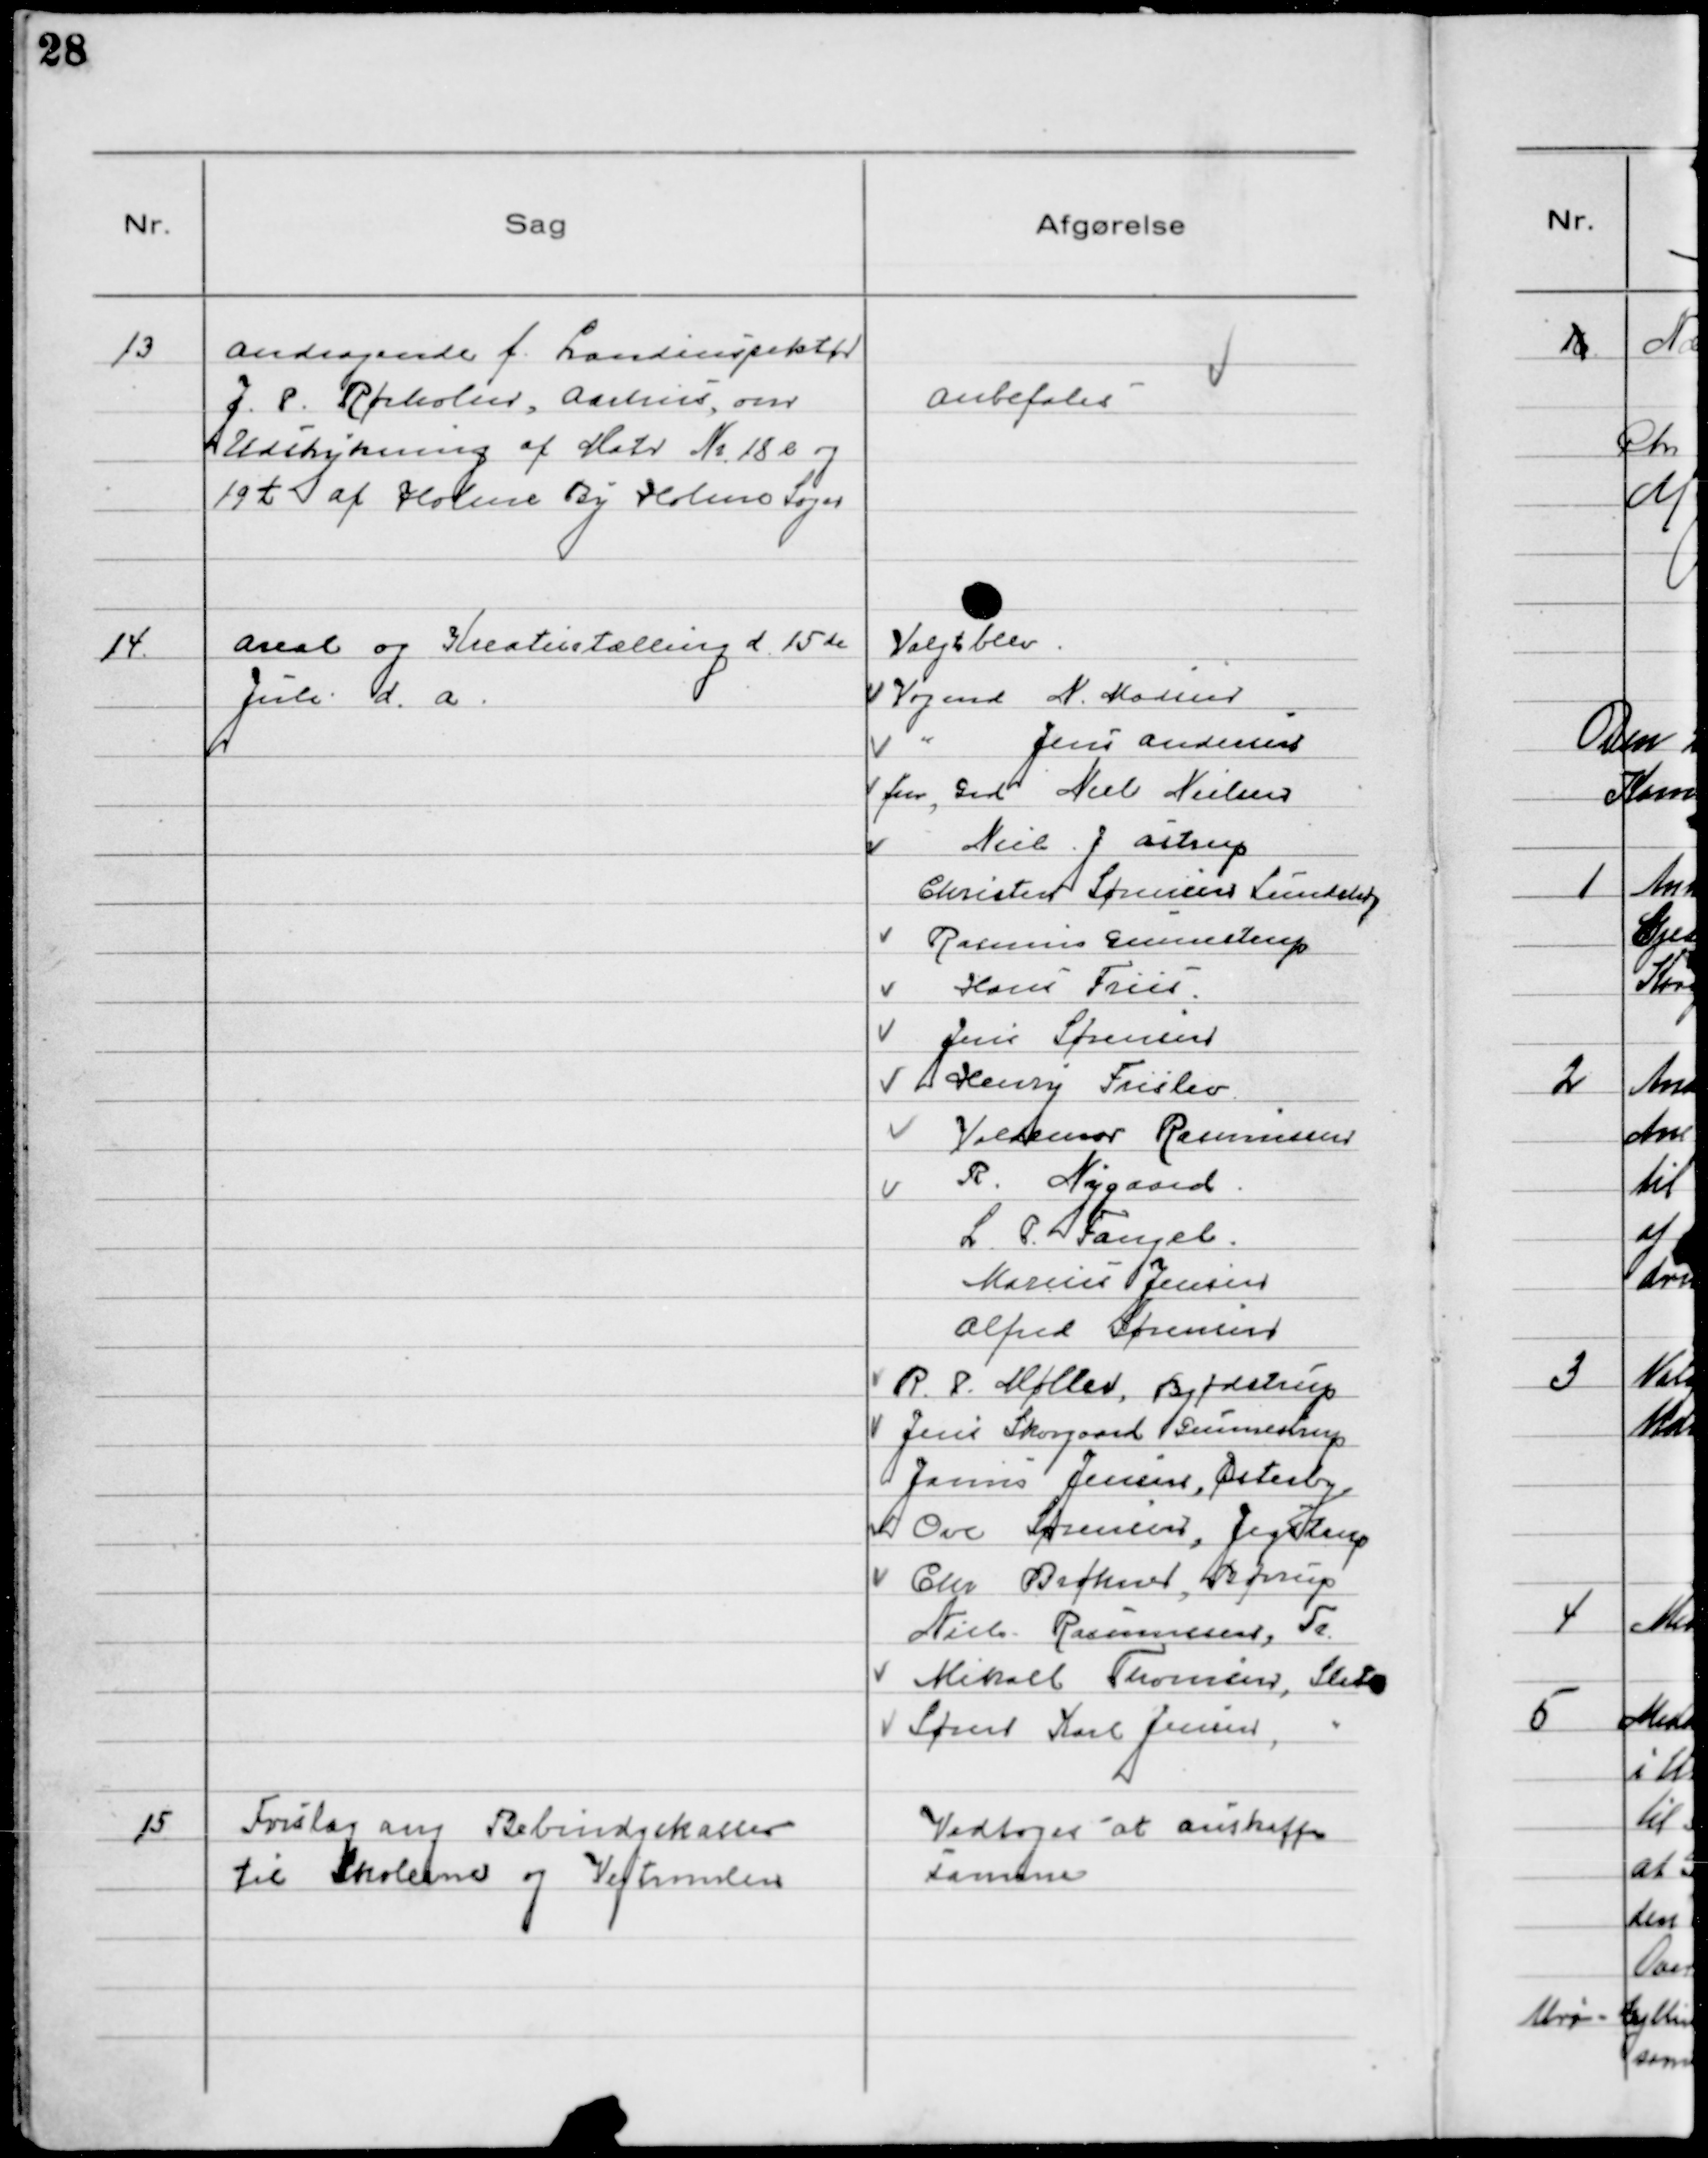
Transskription:
13
Andragende f. Landinspektør
J. P. Rørholm, Aarhus, om
Udstykning af Matr №18 l og
19 t af Holme By Holme Sogn

Anbefales

14
Areal og Kreaturtælling d. 15de
Juli d. a.

Valgt blev
Vogmd. N. Madsen
"
Jens Andersen
fhv Grd Niels Nielsen
Niels J Astrup
Christen Sørensen Lundshøj
Rasmus Gunnestrup
Hans Friis
Jens Sørensen
Henry Freslev
Valdemar Rasmussen
R. Nygaard
L. P. Fangel
Marius Jensen
Alfred Sørensen
R. P. Møller, Bjødstrup
Jens Skovgaard Gunnestrup
Janus Jensen, Østerby
Ove Sørensen, Jegstrup
Chr Brøkner, Brørup
Niels Rasmussen, Tr.
Mikael Thomsen, Slet
Søren Karl Jensen, 〃

15
Forslag ang Forbindgskasser
til Skolerne og Vejtromlen

Vedtoges at anskaffe
samme